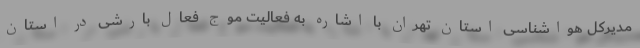
مدیرکل هواشناسی استان تهران با اشاره به فعالیت موج فعال بارشی در استان